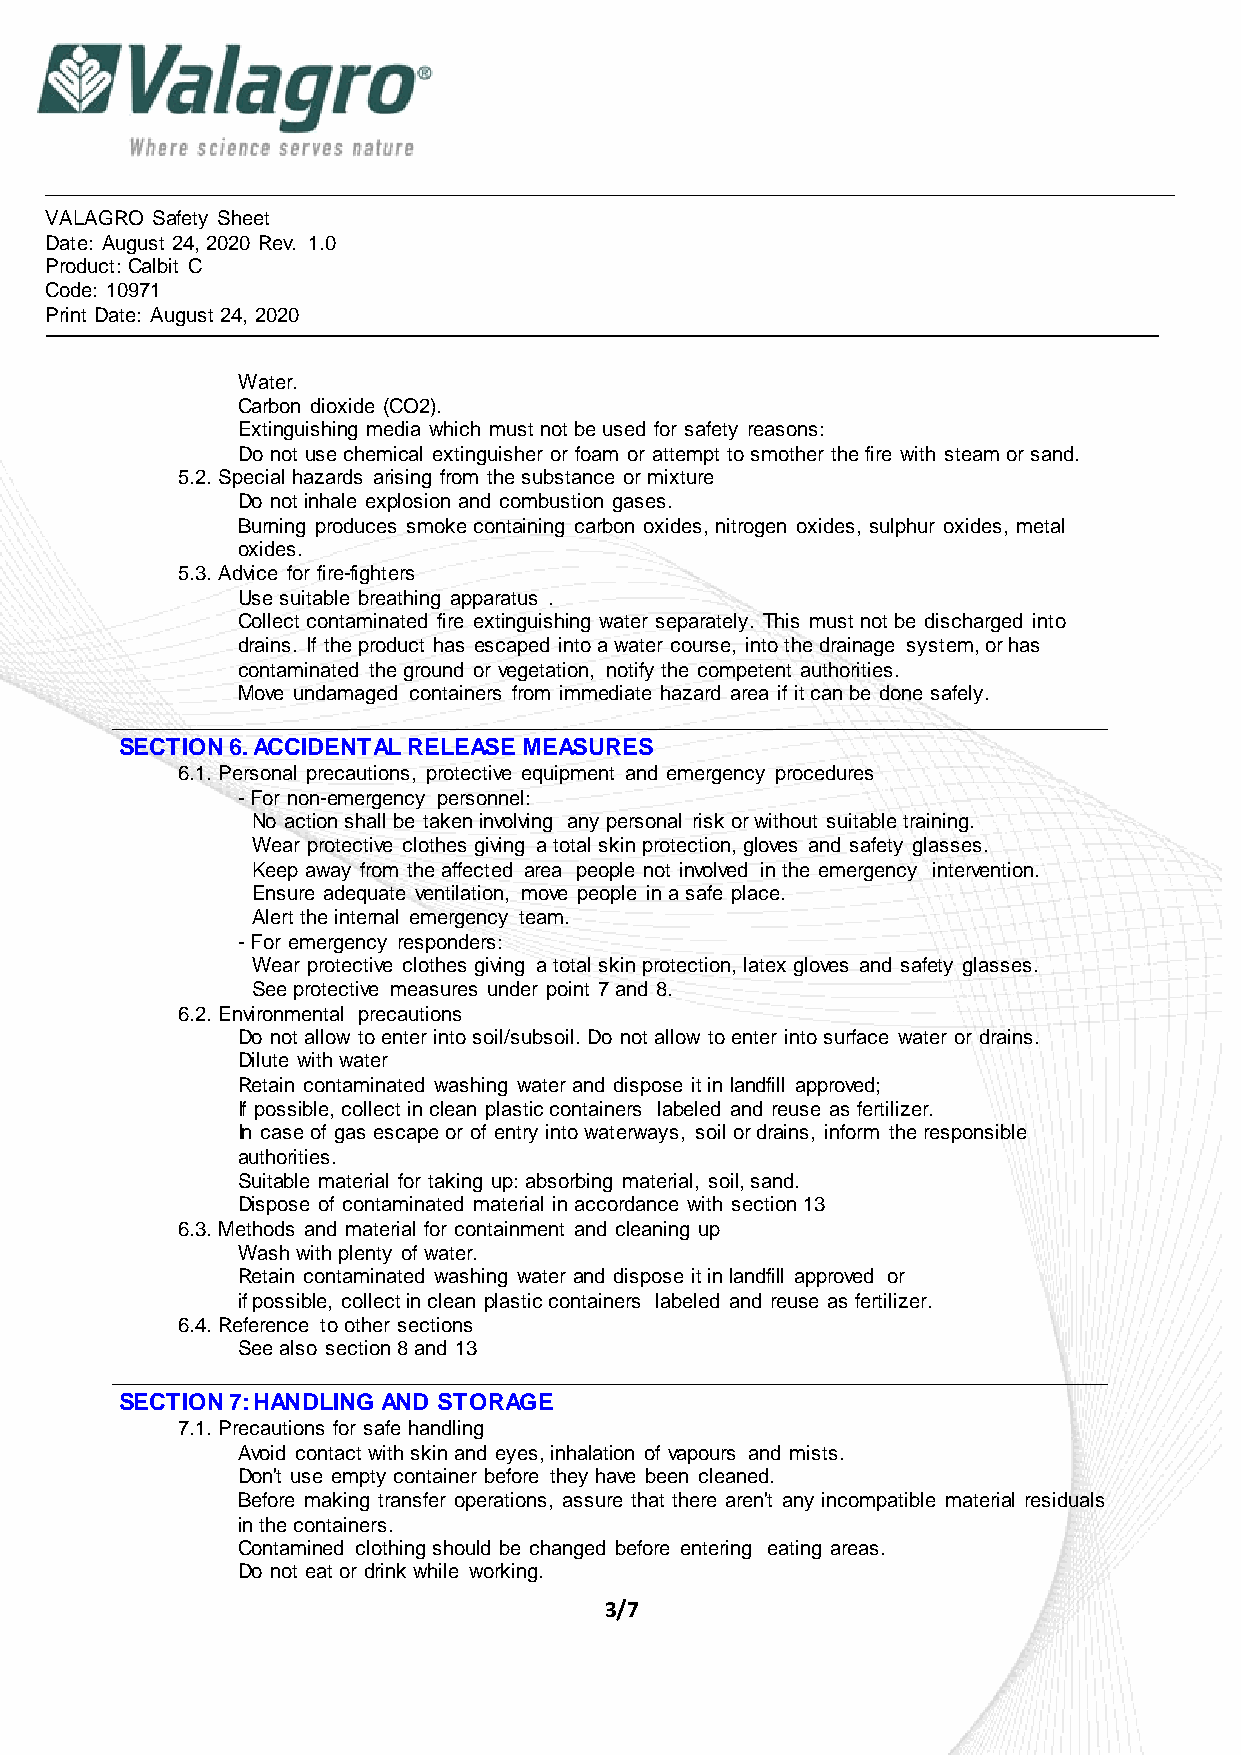
VALAGRO Safety Sheet
 Date: August 24, 2020 Rev. 1.0
 Product: Calbit C
 Code: 10971
 Print Date: August 24, 2020
 Water.
 Carbon dioxide (CO2).
 Extinguishing media which must not be used for safety reasons:
 Do not use chemical extinguisher or foam or attempt to smother the fire with steam or sand.
 5.2. Special hazards arising from the substance or mixture
 Do not inhale explosion and combustion gases.
 Burning produces smoke containing carbon oxides, nitrogen oxides, sulphur oxides, metal
 oxides.
 5.3. Advice for fire-fighters
 Use suitable breathing apparatus .
 Collect contaminated fire extinguishing water separately. This must not be discharged into
 drains. If the product has escaped into a water course, into the drainage system, or has
 contaminated the ground or vegetation, notify the competent authorities.
 Move undamaged containers from immediate hazard area if it can be done safely.
 SECTION 6. ACCIDENTAL RELEASE MEASURES
 6.1. Personal precautions, protective equipment and emergency procedures
 - For non-emergency personnel:
 No action shall be taken involving any personal risk or without suitable training.
 Wear protective clothes giving a total skin protection, gloves and safety glasses.
 Keep away from the affected area people not involved in the emergency intervention.
 Ensure adequate ventilation, move people in a safe place.
 Alert the internal emergency team.
 - For emergency responders:
 Wear protective clothes giving a total skin protection, latex gloves and safety glasses.
 See protective measures under point 7 and 8.
 6.2. Environmental precautions
 Do not allow to enter into soil/subsoil. Do not allow to enter into surface water or drains.
 Dilute with water
 Retain contaminated washing water and dispose it in landfill approved;
 If possible, collect in clean plastic containers labeled and reuse as fertilizer.
 In case of gas escape or of entry into waterways, soil or drains, inform the responsible
 authorities.
 Suitable material for taking up: absorbing material, soil, sand.
 Dispose of contaminated material in accordance with section 13
 6.3. Methods and material for containment and cleaning up
 Wash with plenty of water.
 Retain contaminated washing water and dispose it in landfill approved or
 if possible, collect in clean plastic containers labeled and reuse as fertilizer.
 6.4. Reference to other sections
 See also section 8 and 13
 SECTION 7: HANDLING AND STORAGE
 7.1. Precautions for safe handling
 Avoid contact with skin and eyes, inhalation of vapours and mists.
 Don't use empty container before they have been cleaned.
 Before making transfer operations, assure that there aren't any incompatible material residuals
 in the containers.
 Contamined clothing should be changed before entering eating areas.
 Do not eat or drink while working.
 3/7